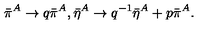
\bar { \pi } ^ { A } \rightarrow q \bar { \pi } ^ { A } , \bar { \eta } ^ { A } \rightarrow q ^ { - 1 } \bar { \eta } ^ { A } + p \bar { \pi } ^ { A } .